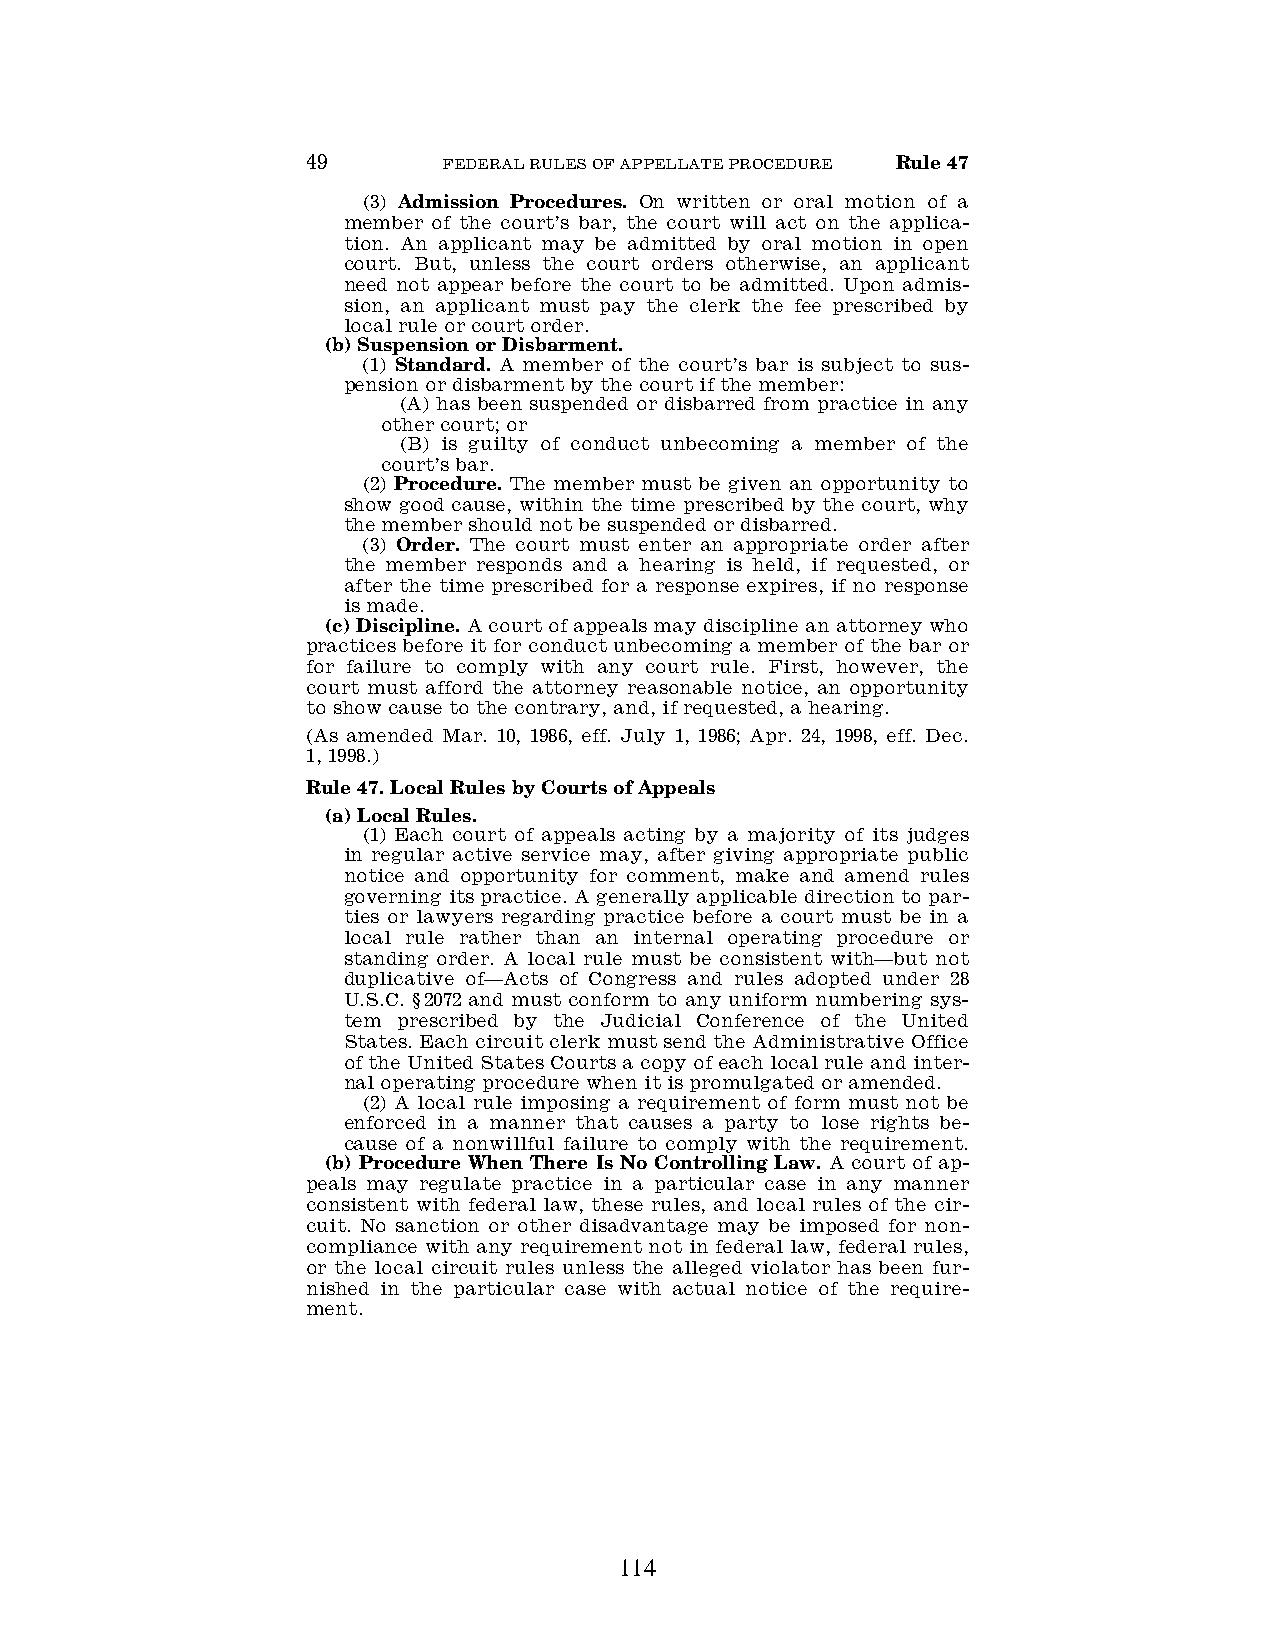
49       FEDERAL RULES OF APPELLATE PROCEDURE Rule 47
 (3) Admission Procedures. On written or oral motion of a
 member of the court’s bar, the court will act on the applica-
 tion. An applicant may be admitted by oral motion in open
 court. But, unless the court orders otherwise, an applicant
 need not appear before the court to be admitted. Upon admis-
 sion, an applicant must pay the clerk the fee prescribed by
 local rule or court order.
 (b) Suspension or Disbarment.
 (1) Standard. A member of the court’s bar is subject to sus-
 pension or disbarment by the court if the member:
 (A) has been suspended or disbarred from practice in any
 other court; or
 (B) is guilty of conduct unbecoming a member of the
 court’s bar.
 (2) Procedure. The member must be given an opportunity to
 show good cause, within the time prescribed by the court, why
 the member should not be suspended or disbarred.
 (3) Order. The court must enter an appropriate order after
 the member responds and a hearing is held, if requested, or
 after the time prescribed for a response expires, if no response
 is made.
 (c) Discipline. A court of appeals may discipline an attorney who
 practices before it for conduct unbecoming a member of the bar or
 for failure to comply with any court rule. First, however, the
 court must afford the attorney reasonable notice, an opportunity
 to show cause to the contrary, and, if requested, a hearing.
 (As amended Mar. 10, 1986, eff. July 1, 1986; Apr. 24, 1998, eff. Dec.
 1, 1998.)
 Rule 47. Local Rules by Courts of Appeals
 (a) Local Rules.
 (1) Each court of appeals acting by a majority of its judges
 in regular active service may, after giving appropriate public
 notice and opportunity for comment, make and amend rules
 governing its practice. A generally applicable direction to par-
 ties or lawyers regarding practice before a court must be in a
 local rule rather than an internal operating procedure or
 standing order. A local rule must be consistent with—but not
 duplicative of—Acts of Congress and rules adopted under 28
 U.S.C. §2072 and must conform to any uniform numbering sys-
 tem prescribed by the Judicial Conference of the United
 States. Each circuit clerk must send the Administrative Office
 of the United States Courts a copy of each local rule and inter-
 nal operating procedure when it is promulgated or amended.
 (2) A local rule imposing a requirement of form must not be
 enforced in a manner that causes a party to lose rights be-
 cause of a nonwillful failure to comply with the requirement.
 (b) Procedure When There Is No Controlling Law. A court of ap-
 peals may regulate practice in a particular case in any manner
 consistent with federal law, these rules, and local rules of the cir-
 cuit. No sanction or other disadvantage may be imposed for non-
 compliance with any requirement not in federal law, federal rules,
 or the local circuit rules unless the alleged violator has been fur-
 nished in the particular case with actual notice of the require-
 ment.
 114